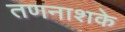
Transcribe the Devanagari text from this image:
तणनाशके